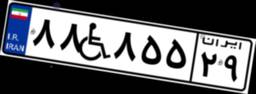
۸۸W۸۵۵۲۹